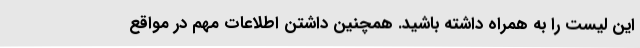
این لیست را به همراه داشته باشید. همچنین داشتن اطلاعات مهم در مواقع